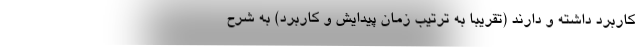
کاربرد داشته و دارند (تقریباً به ترتیب زمان پیدایش و کاربرد) به شرح